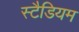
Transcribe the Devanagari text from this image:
स्टैडियम